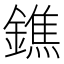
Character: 鐎